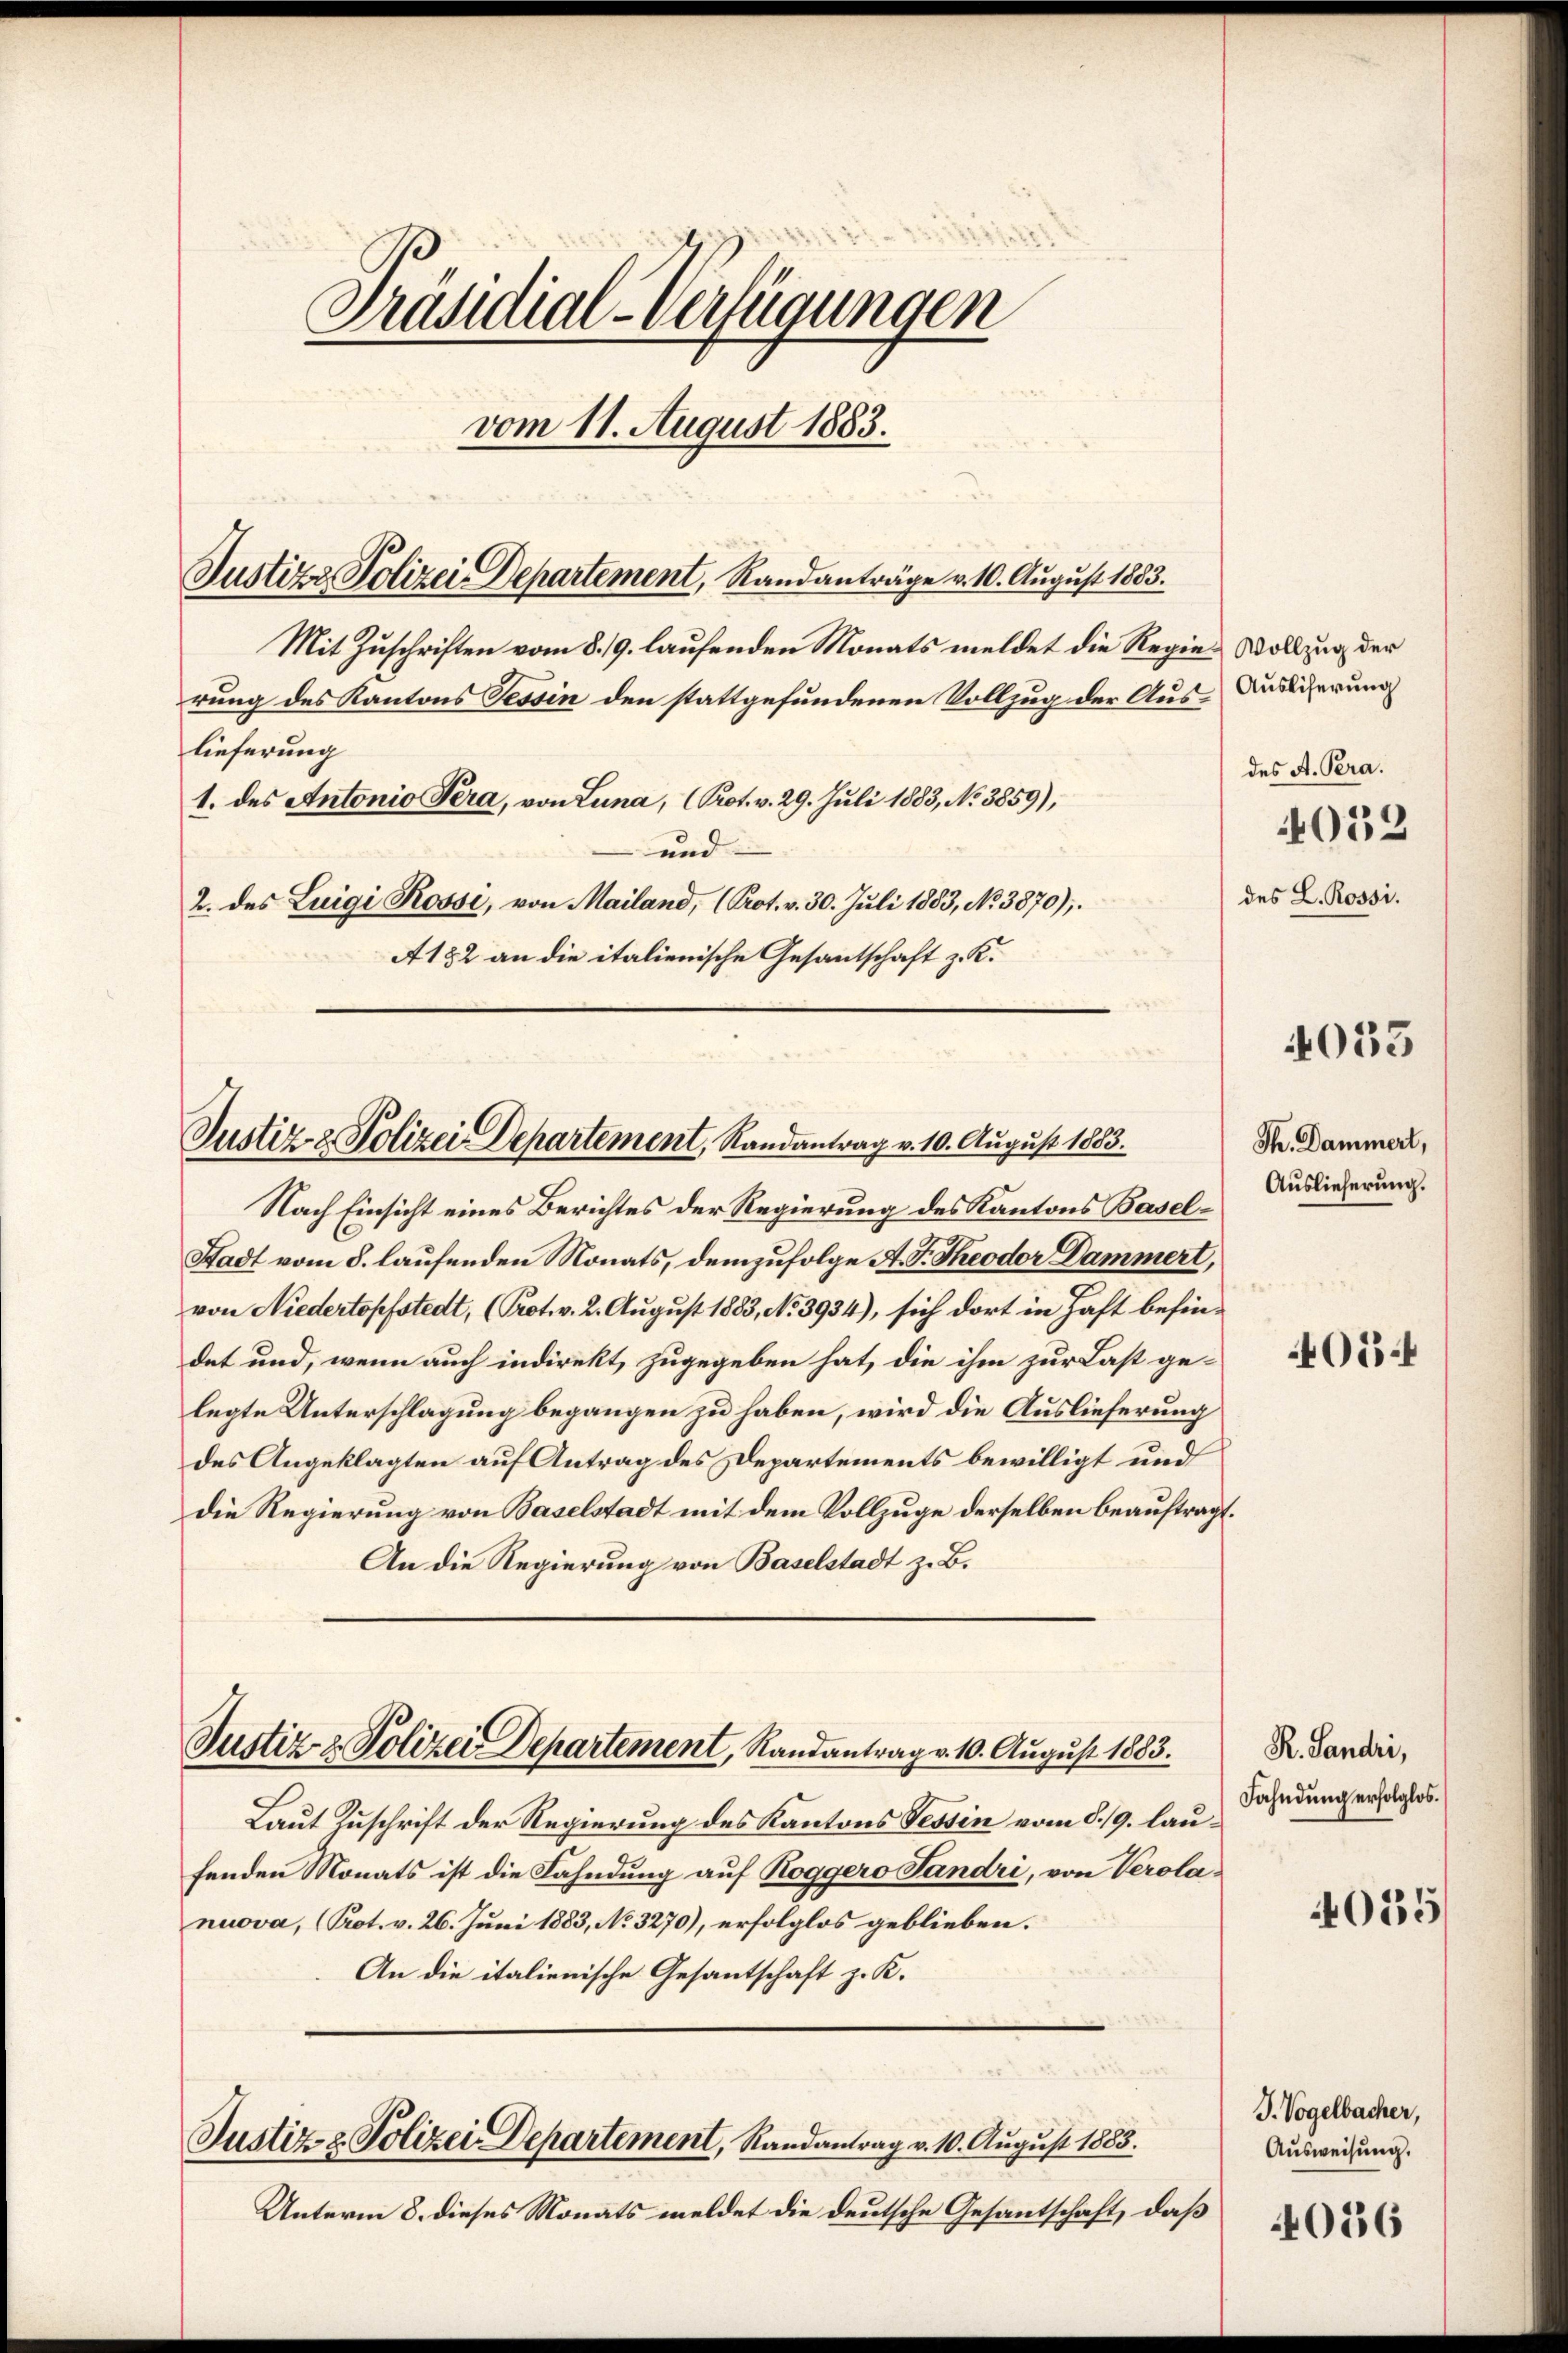
Präsidial-Verfügungen
vom 11. August 1883.
Justizz, Polizei-Departement, Randanträge v. 10. August 1883.
Mit Zuschriften vom 8. 19. laufenden Monats meldet die Regier Vollzug der
rung des Kantons Tessin den stattgefundenen Vollzug der Aus-Aussierung
lieferung
1. des Antonio Sera, von Luna, (Prot. v. 29. Juli 1883, No 3859),
und
2. des Luigi Rossi, von Mailand, (Prot. v. 30. Juli 1883, No. 3870),
A122 an die italienische Gesantschaft z. K.

Justiz- & Polizei Departement, Randantrag v. 10. August 1883.

Nach Einsicht eines Berichtes der Regierung des Kantons Basel¬
Stadt vom 8. laufenden Monats, demzufolge A. F. Theodor Dammert,
von Niedertopfstedt, (Prot. v. 2. August 1883, No 3934), sich dort in Haft befindet und, wenn auch indirekt, zugegeben hat, die ihm zur Last ge-
legte Unterschlagung begangen zu haben, wird die Auslieferung
des Angeklagten auf Antrag des Departements bewilligt und
die Regierung von Baselstadt mit dem Vollzuge derselben beauftragt.
An die Regierung von Baselstadt z. B.

Justiz- & Polizei Departement, Randantrag v. 10. August 1883.

Justiz- & Polizei Departement, Randantrag v. 10. August 1883.

Unterm 8. dieses Monats meldet die deutsche Gesantschaft, daß

des A. Pera.
4032
des L. Rossi.

Laut Zuschrift der Regierung des Kantons Tessin vom 8. 19. laufenden Monats ist die Fahndung auf Roggero Sandri, von Verolanuova, (Prot. v. 26. Juni 1883, No 3270), erfolglos geblieben.
An die italienische Gesantschaft z. K.

4053

Th. Dammert,
Auslieferung.

405.

R. Sandri,
Fahndung erfolglos.

4035

J. Vogelbacher,
Ausweisung.
056